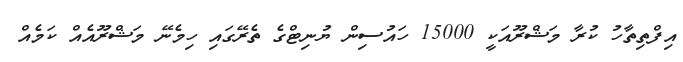
އިފްތިތާހު ކުރާ މަޝްރޫއަކީ 15000 ހައުސިން ޔުނިޓްގެ ތެރޭގައި ހިމެނޭ މަޝްރޫއެއް ކަމެއް